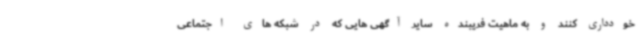
خودداری کنند و به ماهیت فریبنده سایر آگهی هایی که در شبکه های اجتماعی